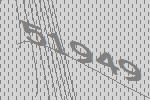
51949